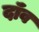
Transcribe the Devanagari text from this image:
दॉंव